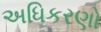
અધિકરણો